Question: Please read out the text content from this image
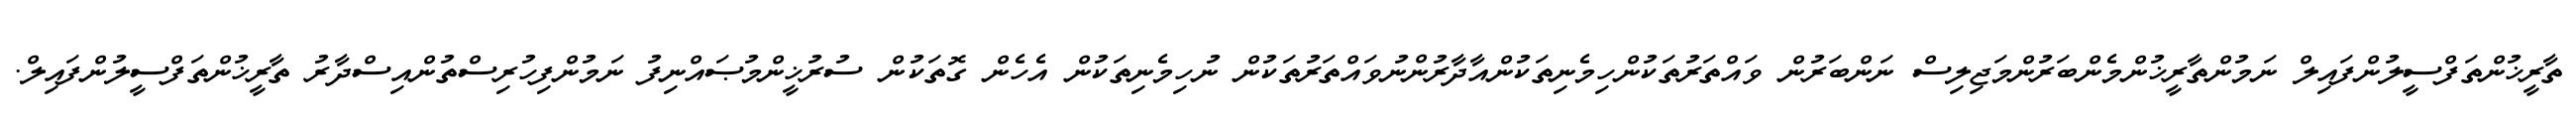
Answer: ތާރީޚުންތަފްސީލުންފައިލް ނަމުންތާރީޚުންމެންބަރުންމަޖިލިސް ނަންބަރުން ވައްތަރުތަކުންހިމެނިތަކުންއާދާރުންނުވައްތަރުތަކުން ނުހިމެނިތަކުން އެހެން ގޮތަކުން ސުރުޚީންމުޞައްނިފު ނަމުންފިހުރިސްތުންއިސްދާރު ތާރީޚުންތަފްސީލުންފައިލް.